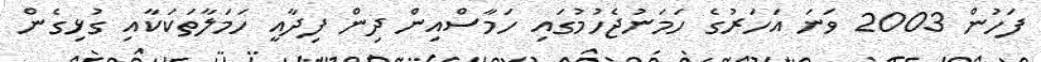
ފަހުން 2003 ވަނަ އަހަރުގެ ހަމަނުޖެހުމުގައި ހަމާސްއިން ދިން ފިދާއީ ހަމަލާތަކަކާއި ގުޅިގެން